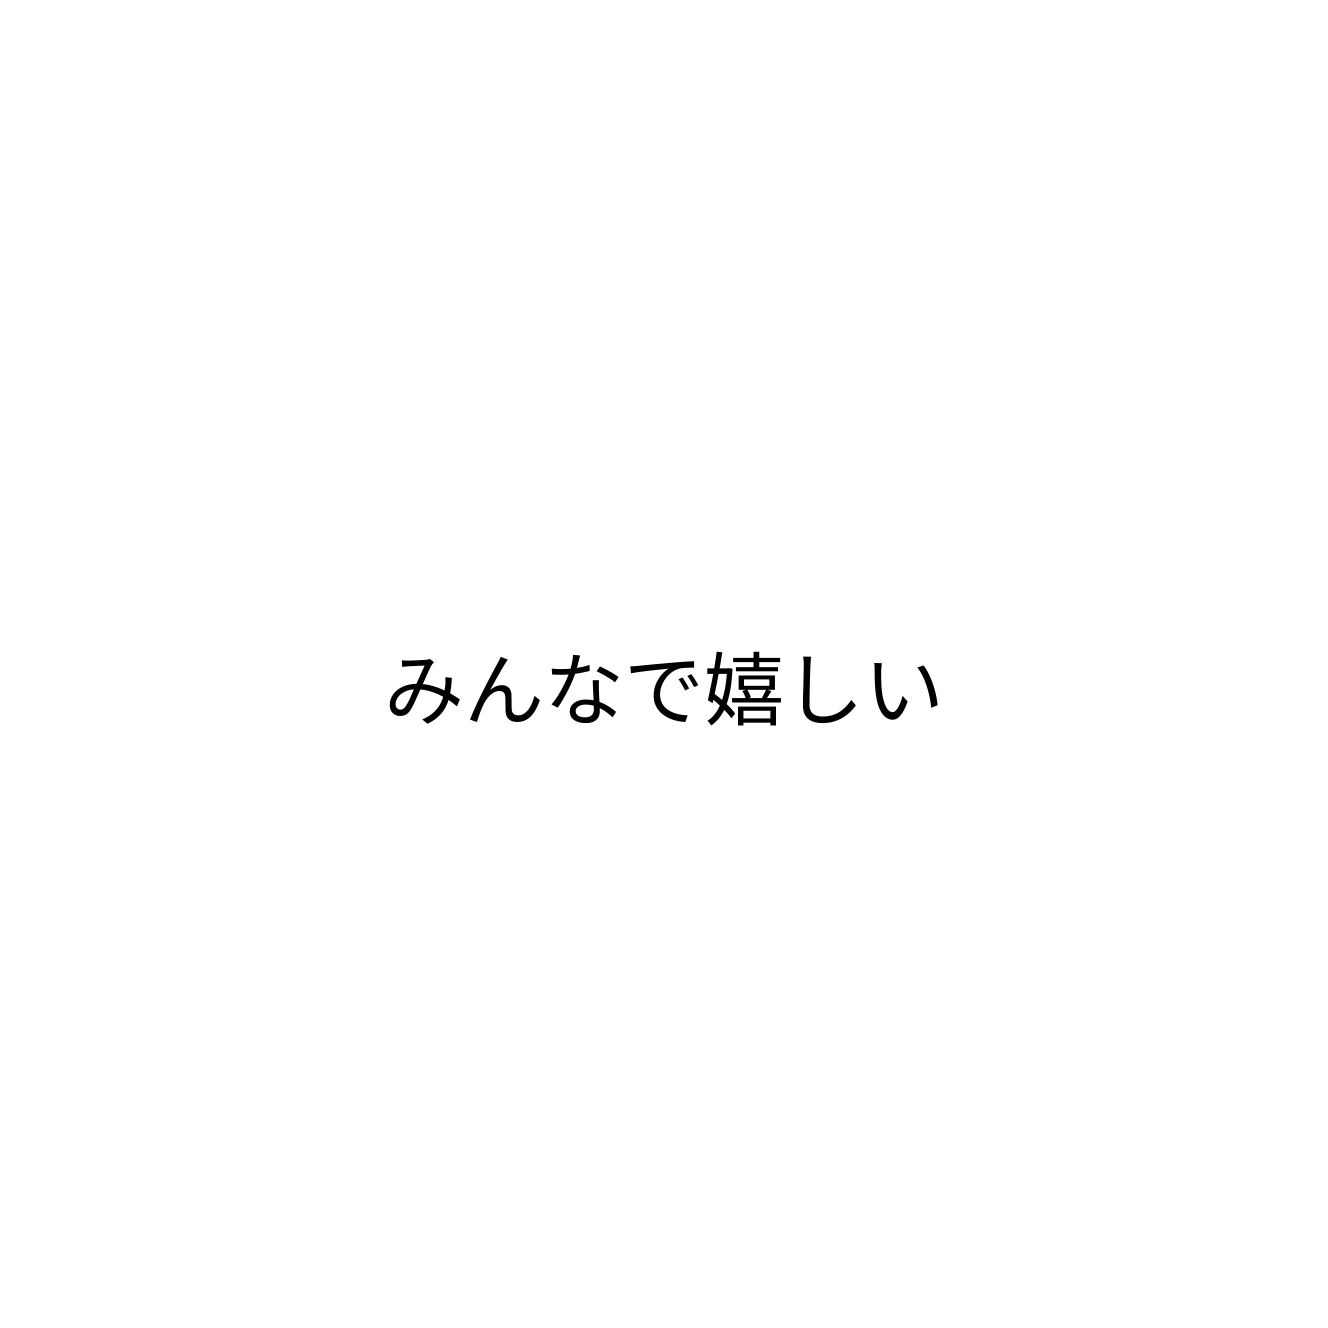
みんなで嬉しい